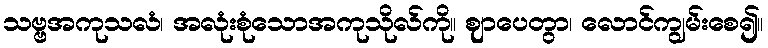
သဗ္ဗအကုသလံ၊ အလုံးစုံသောအကုသိုလ်ကို။ ဈာပေတွာ၊ လောင်ကျွမ်းစေ၍။